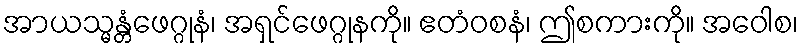
အာယသ္မန္တံဖေဂ္ဂုနံ၊ အရှင်ဖေဂ္ဂုနကို။ ဧတံဝစနံ၊ ဤစကားကို။ အဝေါစ၊